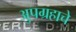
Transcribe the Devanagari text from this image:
अुपग्रहाचे